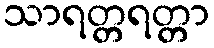
သာရတ္တရတ္တာ